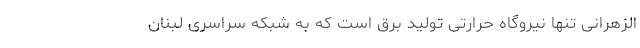
الزهرانی تنها نیروگاه حرارتی تولید برق است که به شبکه سراسری لبنان